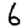
Digit: 6